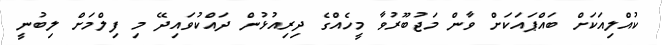
ކުއްލިއަކަށް ބައްޕައަކަށް ވާން މަޖުބޫރުވާ މީހެއްގެ ދިރިއުޅުން ދައްކުވައިދޭ މި ފިލްމަށް ލިބުނީ